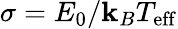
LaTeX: \sigma=E_{0}/\mathbf{k}_{B}T_{\mathrm{{eff}}}